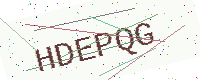
Text: HDEPQG